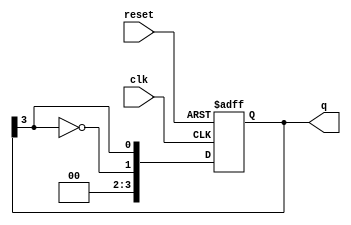
module johnson_counter #(
    parameter N = 4  // Number of flip-flops
)(
    input wire clk,       // Clock signal
    input wire reset,     // Asynchronous reset
    output reg [N-1:0] q  // Counter output
);

    always @(posedge clk or posedge reset) begin
        if (reset) begin
            q <= 0;      // Initialize counter to 0 on reset
        end else begin
            // Shift logic for Johnson counter
            q <= {~q[N-1], q[N-1:N-1]}; // Feed inverted last flip-flop to the first
        end
    end

endmodule